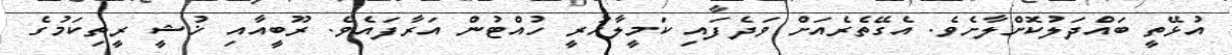
އުޅޭތީ ބައްދަލުކޮށްލާށެވެ. އެގޭތެރެއަށް ވަދެފައި ކަމީލާހުރީ ހުއްޓުން އަރާފައެވެ. ރޫބީއާއި ޚުޝީ ރީތިކަމުގެ